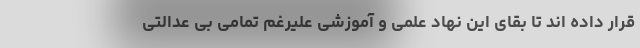
قرار داده اند تا بقای این نهاد علمی و آموزشی علیرغم تمامی بی عدالتی